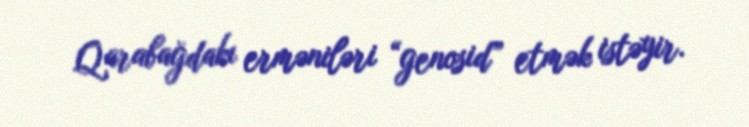
Qarabağdakı erməniləri “genosid” etmək istəyir.